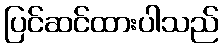
ပြင်ဆင်ထားပါသည်